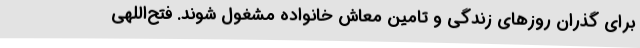
برای گذران روزهای زندگی و تامین معاش خانواده مشغول شوند. فتح‌اللهی